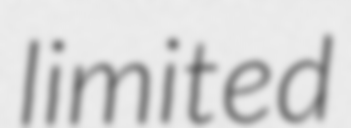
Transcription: limited